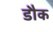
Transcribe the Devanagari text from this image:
डौक